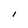
Character: I